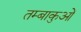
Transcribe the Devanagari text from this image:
तम्बाकुओं